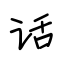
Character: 话